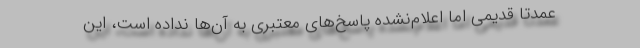
عمدتاً قدیمی اما اعلام‌نشده پاسخ‌های معتبری به آن‌ها نداده است، این